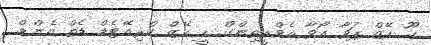
ހޫ ހޭޒް ޕަވާ އޯވާ އެވްރީތިންގް. ހީ ހޭޒް ކްރިއޭޓެޑް ޑެތް އެންޑް